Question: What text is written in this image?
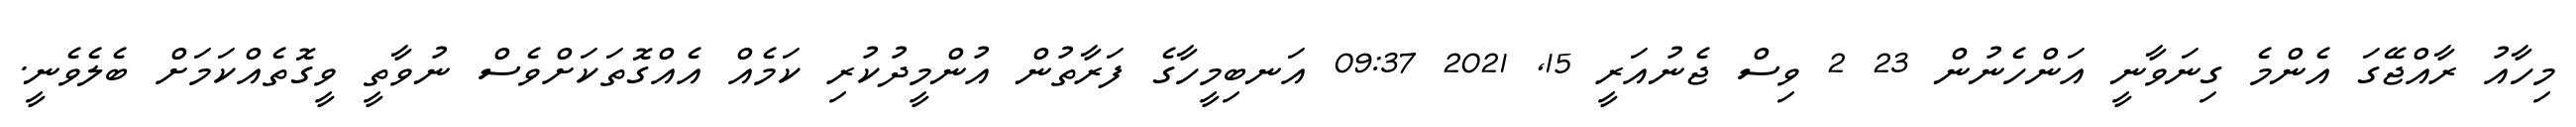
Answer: މިހާއު ރާއްޖޭގަ އެންމެ ގިނަވާނީ އަންހެނުން 23 2 ވިސް ޖެނުއަރީ 15, 2021 09:37 އަނބިމީހާގެ ފަރާތުން އުންމީދުކުރި ކަމެއް އެއްގޮތަކަށްވެސް ނުވާތީ ވީގޮތެއްކަމަށް ބެލެވެނީ.